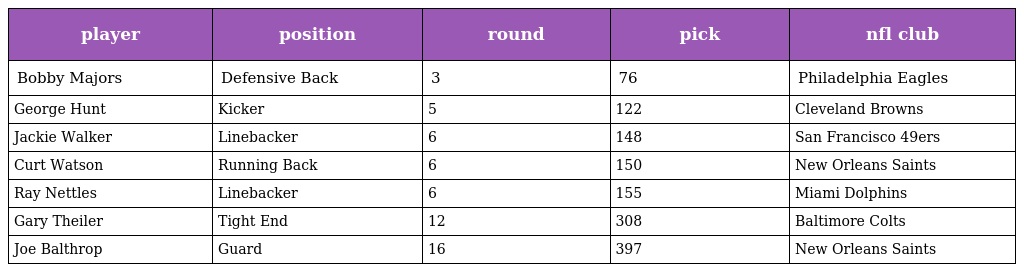
| player | position | round | pick | nfl club |
 | --- | --- | --- | --- | --- |
 | Bobby Majors | Defensive Back | 3 | 76 | Philadelphia Eagles |
 | George Hunt | Kicker | 5 | 122 | Cleveland Browns |
 | Jackie Walker | Linebacker | 6 | 148 | San Francisco 49ers |
 | Curt Watson | Running Back | 6 | 150 | New Orleans Saints |
 | Ray Nettles | Linebacker | 6 | 155 | Miami Dolphins |
 | Gary Theiler | Tight End | 12 | 308 | Baltimore Colts |
 | Joe Balthrop | Guard | 16 | 397 | New Orleans Saints |